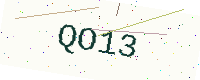
Text: QO13